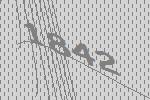
1842